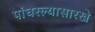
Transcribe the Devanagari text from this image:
पांघरल्यासारखे